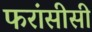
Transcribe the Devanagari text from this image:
फरांसीसी